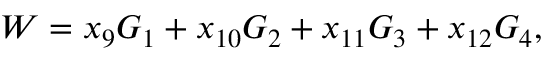
W = x _ { 9 } G _ { 1 } + x _ { 1 0 } G _ { 2 } + x _ { 1 1 } G _ { 3 } + x _ { 1 2 } G _ { 4 } ,